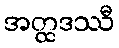
အတ္ထဒဿီ